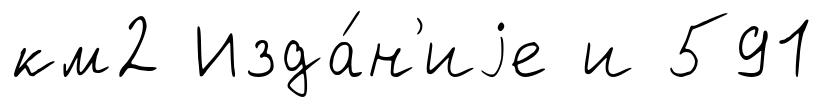
км2 Изда́н'иjе и 591